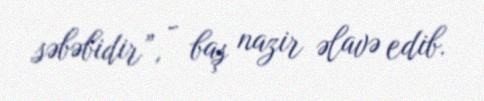
səbəbidir”, - baş nazir əlavə edib.